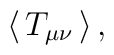
\:\langle \, T_{\mu \nu } \, \rangle \,,\: